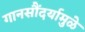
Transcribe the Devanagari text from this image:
गानसौंदर्यामुळे